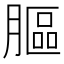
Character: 𦟾